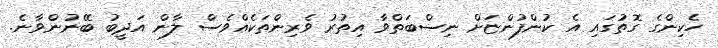
ހެކިންގެ ގޮތުގައި އެ ކުންފުންޏަށް ނިސްބަތްވާ އިތުރު ވެރިންތަކެއްވެސް ލާން އަދީބު ބޭނުންވާނެ.